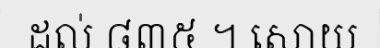
ដល់ ៨៣៥ ។ សោយ